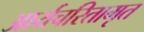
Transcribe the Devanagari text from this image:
आर्यचरितामृत